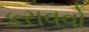
કરાવવો